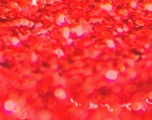
تطوير مواقع الانترنت وتصم